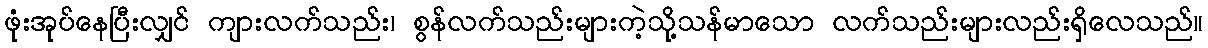
ဖုံးအုပ်နေပြီးလျှင် ကျားလက်သည်း၊ စွန်လက်သည်းများကဲ့သို့သန်မာသော လက်သည်းများလည်းရှိလေသည်။